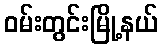
ဝမ်းတွင်းမြို့နယ်